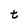
Character: t